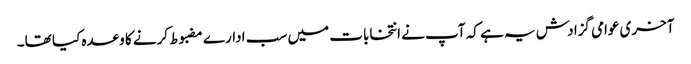
آخری عوامی گزادش یہ ہے کہ آپ نے انتخابات میں سب ادارے مضبوط کرنے کا وعدہ کیا تھا۔